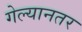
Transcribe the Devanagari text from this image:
गेल्यानतर